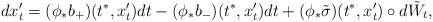
LaTeX: \begin{align*}dx^\prime_t=(\phi_* b_+)(t^*,x^\prime_t)dt-(\phi_*b_-)(t^*,x^\prime_t)dt+ (\phi_*\tilde\sigma)(t^*,x^\prime_t)\circ d\tilde W_t,\end{align*}